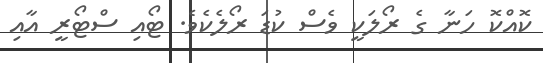
ކޮއްކޮ ހަނާ ގެ ރޯލަކީ ވެސް ކުޑަ ރޯލެކެވެ. ޓޯއި ސްޓޯރީ އާއި